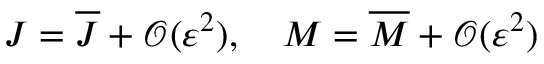
J = \overline { { J } } + \mathcal { O } ( \varepsilon ^ { 2 } ) , \quad M = \overline { { M } } + \mathcal { O } ( \varepsilon ^ { 2 } )